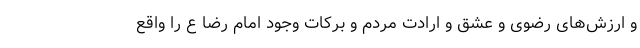
و ارزش‌های رضوی و عشق و ارادت مردم و برکات وجود امام رضا ع را واقع